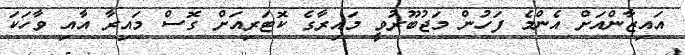
އައިޒާންއަށް އެންމެ ފަހުން މަޖުބޫރުވީ މައިރާގެ ކޮޓަރިއަށް ގޮސް މައިރާ އާއި ވާހަކަ